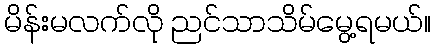
မိန်းမလက်လို ညင်သာသိမ်မွေ့ရမယ်။